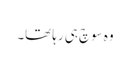
وہ سوچ ہی رہا تھا۔